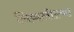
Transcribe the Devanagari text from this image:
लिव्हलील्या